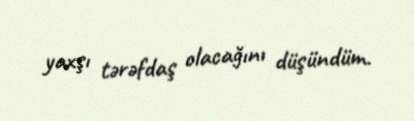
yaxşı tərəfdaş olacağını düşündüm.